Madras plague regulations and rules - Volume 2
Disease focus: Plague
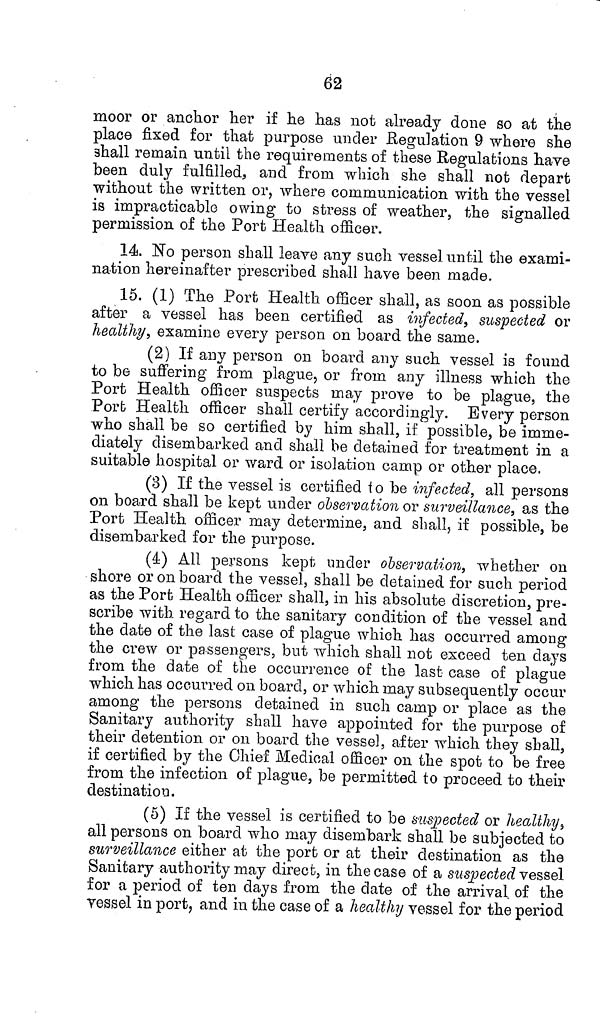
62
moor or anchor her if he has not already done so at the
place fixed for that purpose under Regulation 9 where she
shall remain until the requirements of these Regulations have
been duly fulfilled, and from which she shall not depart
without the written or, where communication with the vessel
is impracticable owing to stress of weather, the signalled
permission of the Port Health officer.
14. No person shall leave any such vessel until the exami-
nation hereinafter prescribed shall have been made.
15. (1) The Port Health officer shall, as soon as possible
after a vessel has been certified as infected, suspected or
healthy, examine every person on board the same.
(2) If any person on board any such vessel is found
to be suffering from plague, or from any illness which the
Port Health officer suspects may prove to be plague, the
Port Health officer shall certify accordingly. Every person
who shall be so certified by him shall, if possible, be imme-
diately disembarked and shall be detained for treatment in a
suitable hospital or ward or isolation camp or other place.
(3) If the vessel is certified to be infected, all persons
on board shall be kept under observation or surveillance, as the
Port Health officer may determine, and shall, if possible, be
disembarked for the purpose.
(4) All persons kept under observation, whether on
shore or 011 board the vessel, shall be detained for such period
as the Port Health officer shall, in his absolute discretion, pre-
scribe with regard to the sanitary condition of the vessel and
the date of the last case of plague which has occurred among
the crew or passengers, but which shall not exceed ten days
from the date of the occurrence of the last case of plague
which has occurred on board, or which may subsequently occur
among the persons detained in such camp or place as the
Sanitary authority shall have appointed for the purpose of
their detention or on board the vessel, after which they shall,
if certified by the Chief Medical officer on the spot to be free
from the infection of plague, be permitted to proceed to their
destination.
(5) If the vessel is certified to be suspected or healthy,
all persons on board who may disembark shall be subjected to
surveillance either at the port or at their destination as the
Sanitary authority may direct, in the case of a suspected vessel
for a period of ten days from the date of the arrival of the
vessel in port, and in the case of a healthy vessel for the period